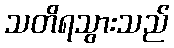
သတိရသွားသည်